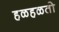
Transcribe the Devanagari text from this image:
हळहळतो